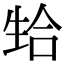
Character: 𬎴